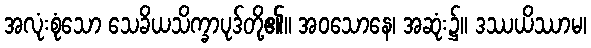
အလုံးစုံသော သေခိယသိက္ခာပုဒ်တို့၏။ အဝသောနေ၊ အဆုံး၌။ ဒဿယိဿာမ၊